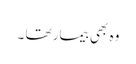
وہ بھی بیمار تھا ۔